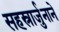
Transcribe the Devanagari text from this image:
सहस्रार्जुनाने